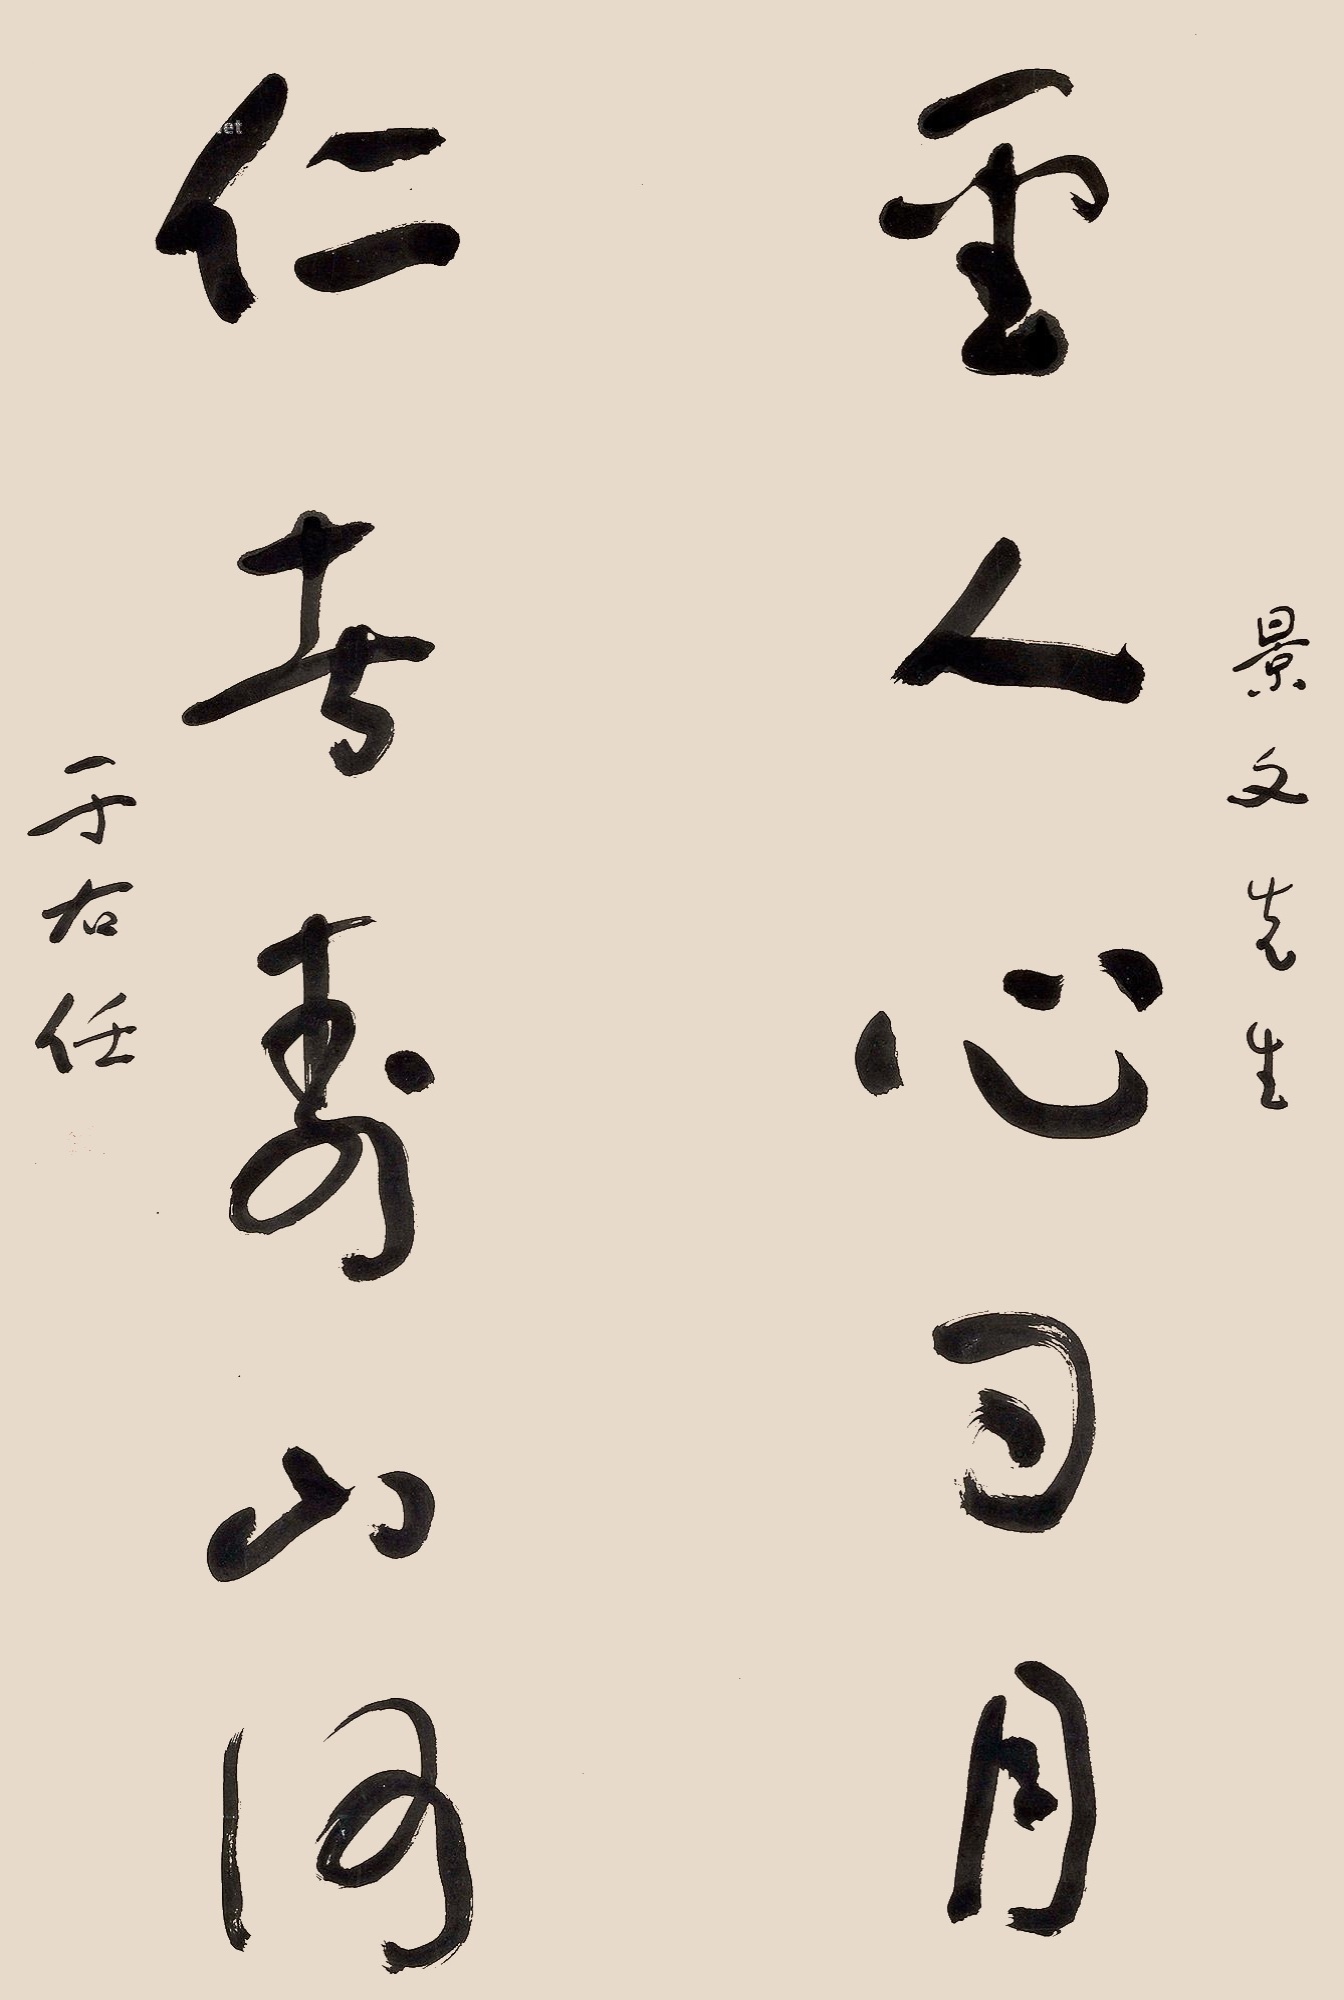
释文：圣人心日月，仁者寿山河。景文先生，于右任。